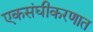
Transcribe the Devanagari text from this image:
एकसंघीकरणात